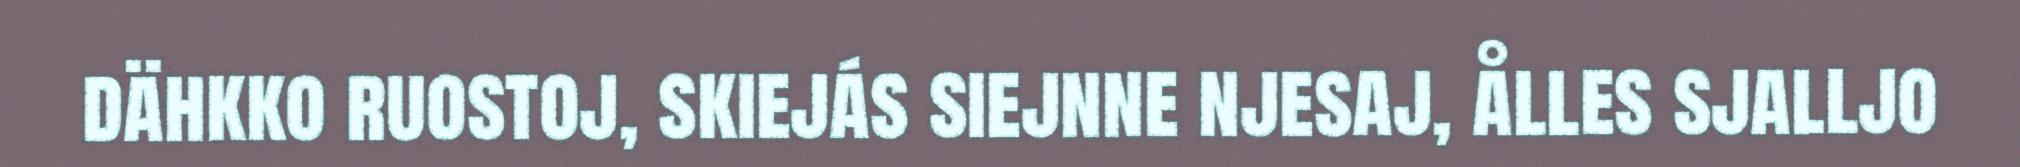
dähkko ruostoj, skiejás siejnne njesaj, ålles sjalljo